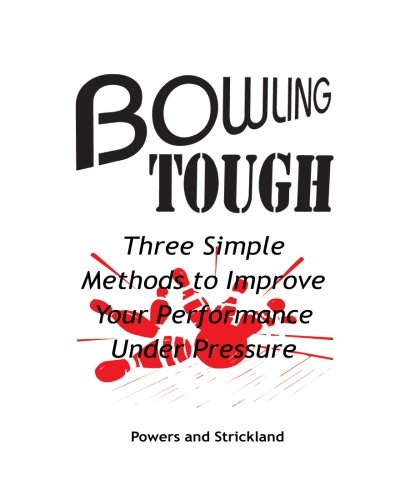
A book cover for Bowling Tough: Three Simple Methods to Improve Your Performance Under Pressure; Will Powers; Sports & Outdoors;